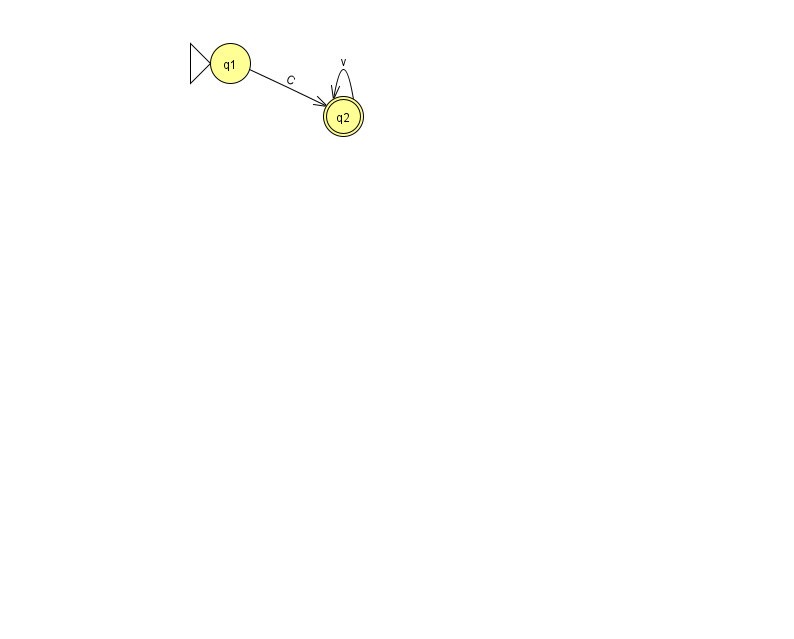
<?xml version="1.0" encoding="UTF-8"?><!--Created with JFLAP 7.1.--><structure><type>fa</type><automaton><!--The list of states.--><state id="1" name="q1"><x>230.0</x><y>50.0</y><initial/></state><state id="2" name="q2"><x>343.0</x><y>103.0</y><final/></state><!--The list of transitions.--><transition><from>1</from><to>2</to><read>C</read></transition><transition><from>2</from><to>2</to><read>v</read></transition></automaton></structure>